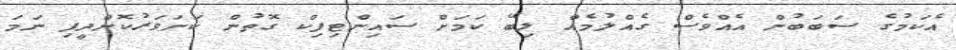
އެކަމުގެ ސަބަބުން އެއްވެސް ގެއްލުމެއް ލިބޭ ކަމަށް ސައިންޓިފިކް ގޮތުން ކަށަވަރުކޮށްދީފި ނަމަ